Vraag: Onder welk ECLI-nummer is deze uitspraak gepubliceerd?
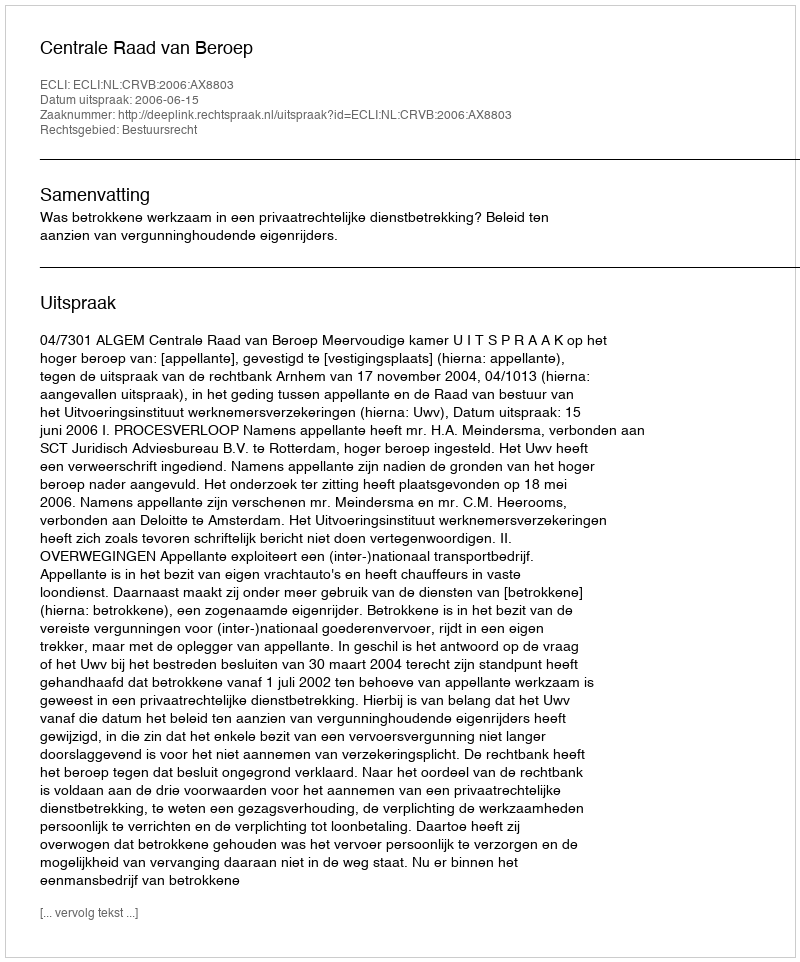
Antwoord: ECLI:NL:CRVB:2006:AX8803